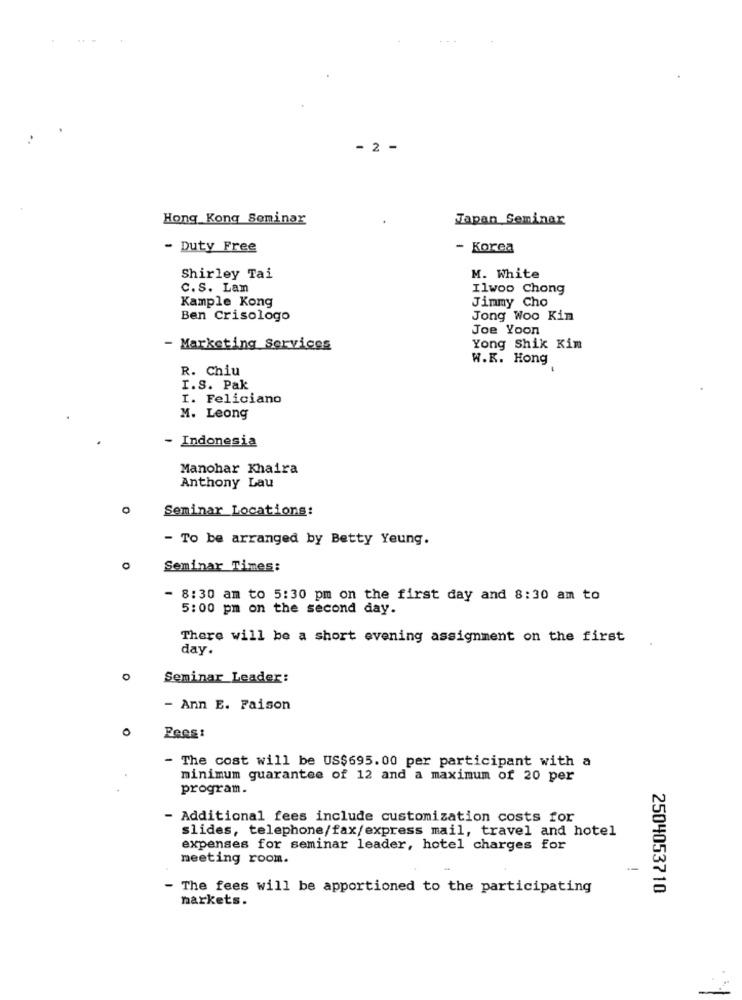
- 2 -
Hong Kong Seminar
Japan Seminar
- Duty Free
- Korea
Shirley Tai
M. White
C.S. Lam
Ilwoo Chong
Kample Kong
Jimmy Cho
Ben Crisologo
Jong Woo Kin
Joe Yoon
- Marketing Services
Yong Shik Kim
W.K. Hong
R. Chiu
I.S. Pak
I. Feliciano
M. Leong
- Indonesia
Manohar Khaira
Anthony Lau
0
Seminar Locations:
- To be arranged by Betty Yeung.
Seminar Times:
- 8:30 am to 5:30 pm on the first day and 8:30 am to
5:00 pm on the second day.
There will be a short evening assignment on the first
day.
0
Seminar Leader:
- Ann E. Faison
Fees:
The cost will be US$695.00 per participant with a
minimum guarantee of 12 and a maximum of 20 per
program.
- Additional fees include customization costs for
slides, telephone/fax/express mail, travel and hotel
expenses for seminar leader, hotel charges for
meeting room.
- The fees will be apportioned to the participating
2504053710
markets.